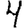
Digit: 4